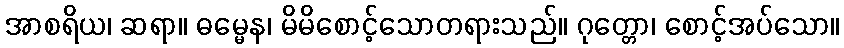
အာစရိယ၊ ဆရာ။ ဓမ္မေန၊ မိမိစောင့်သောတရားသည်။ ဂုတ္တော၊ စောင့်အပ်သော။